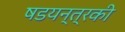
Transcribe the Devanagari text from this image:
षडयन्त्रकी